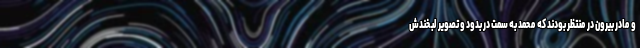
و مادر بیرون در منتظر بودند که محمد به سمت در بدود و تصویر لبخندش